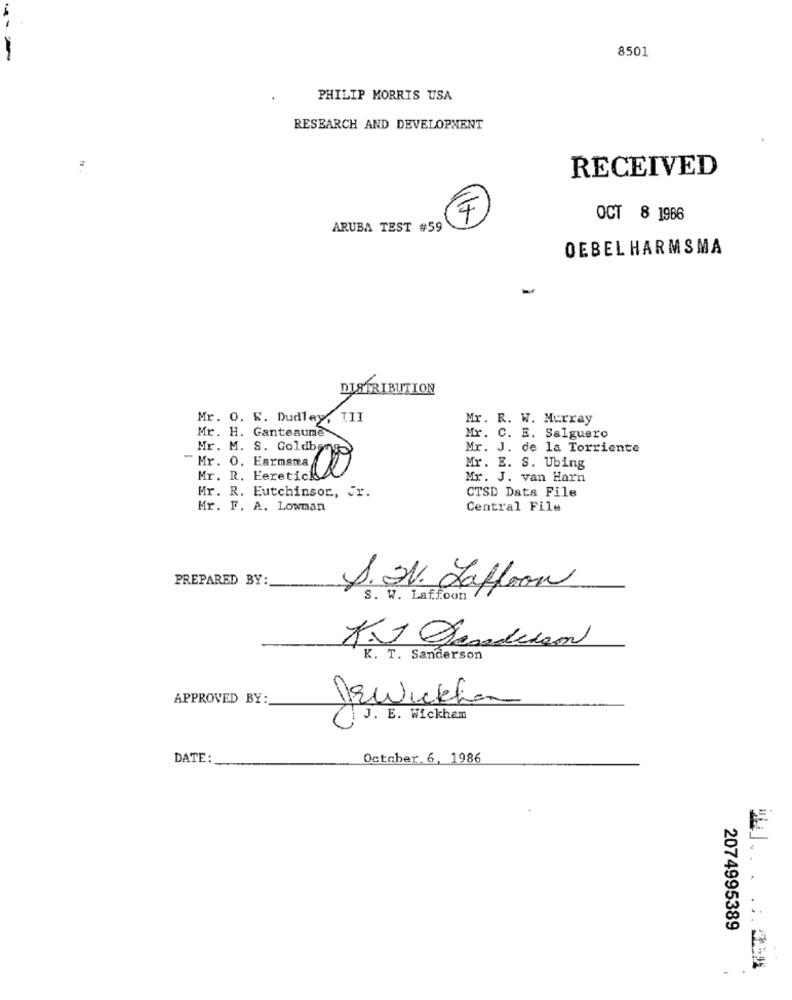
8501
PHILIP MORRIS USA
RESEARCH AND DEVELOPMENT
RECEIVED
OCT 8 1986
ARUBA TEST #59
OEBEL HARMSMA
DISTRIBUTION
Mr. O. W. Dudley, III
Mr. R. W. Murray
Mr. H. Ganteaume
Mr. C. E. Salguero
Mr. J. de la Torriente
Mr. M. S. Goldby
Mr. E. S. Ubing
Mr. 0. Farmama
Mr. R. Eeretici
Mr. J. van Harn
Mr. R. Eutchinsor, Jr.
CTSD Data File
Mr. F. A. Lowman
Central File
PREPARED BY:
J. J. Laffron
S. W. Laffoon
K. T. Sanderson
APPROVED BY:
DEwickham
J. E. Wickhem
DATE:
October 6, 1986
2074995389